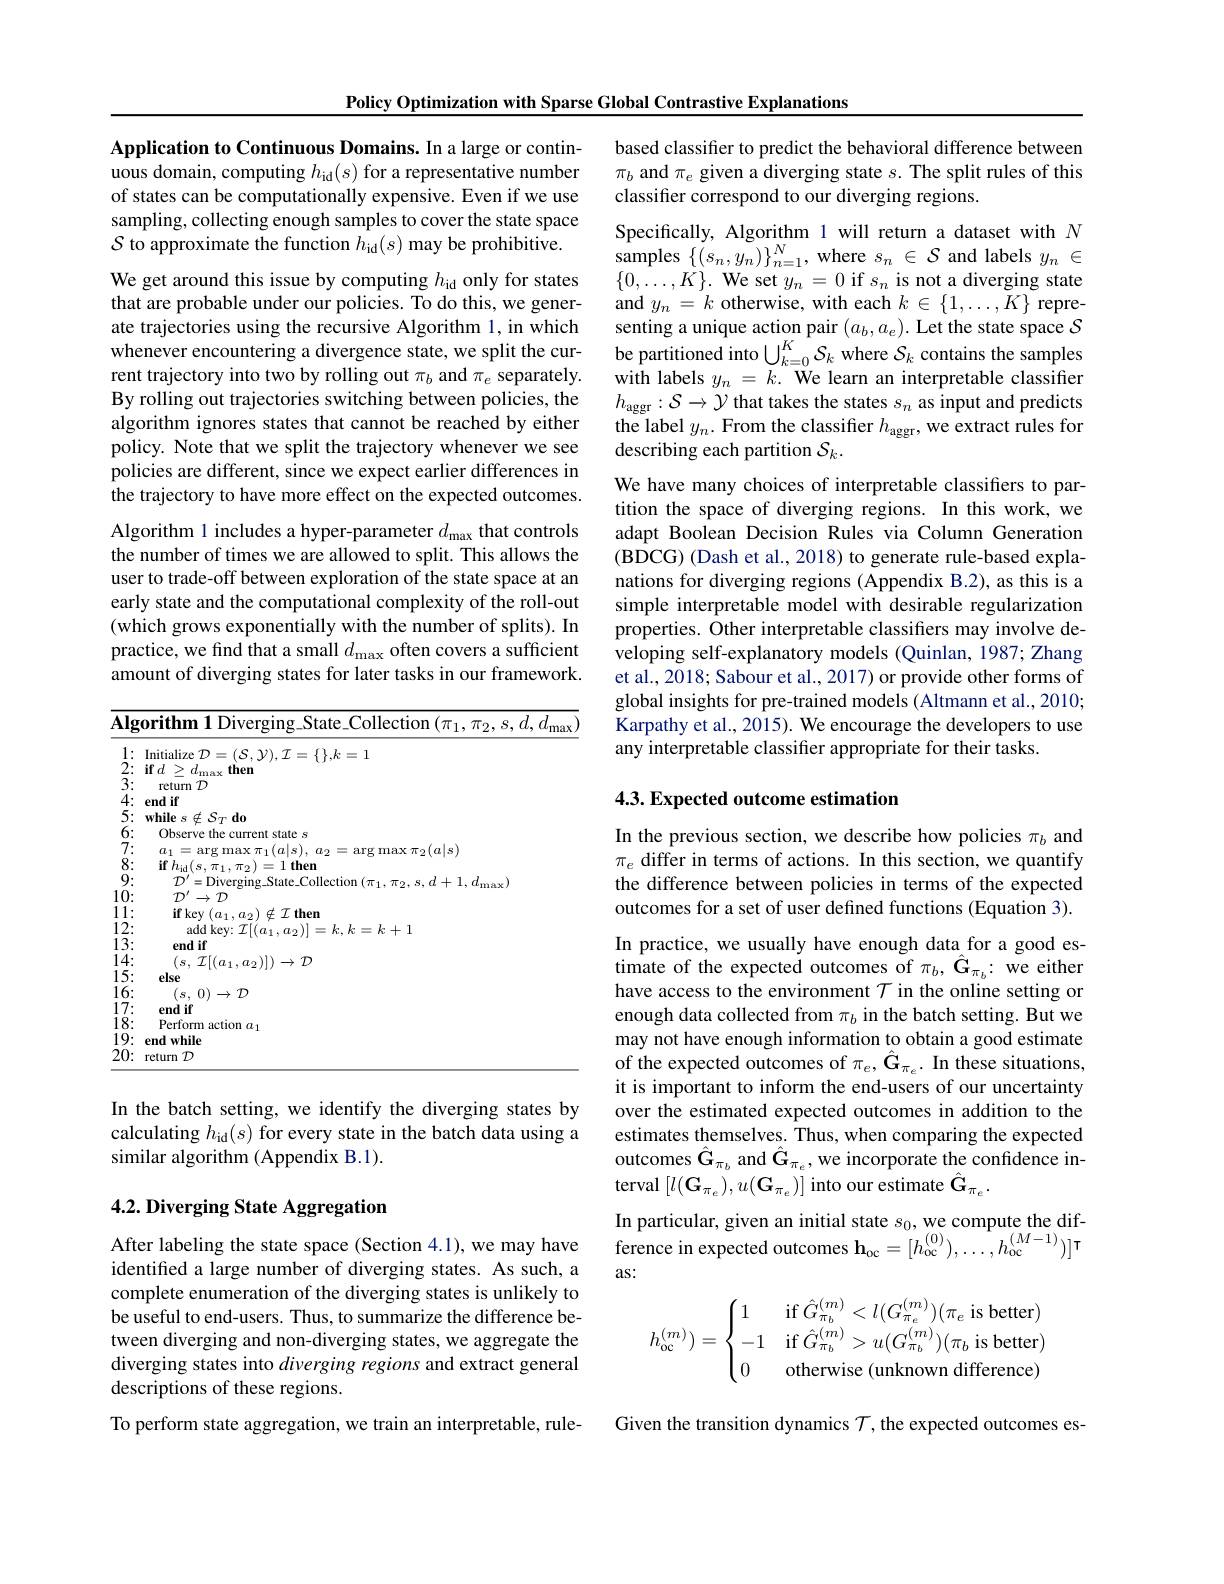
Policy Optimization with Sparse Global Contrastive Explanations

Application to Continuous Domains. In a large or continuous domain, computing $h_\mathrm{id}(s)$ for a representative number of states can be computationally expensive. Even if we use sampling, collecting enough samples to cover the state space $\mathcal{S}$ to approximate the function $h_\mathrm{id}(s)$ may be prohibitive.

We get around this issue by computing $h_\mathrm{id}$ only for states that are probable under our policies. To do this, we generate trajectories using the recursive Algorithm 1, in which whenever encountering a divergence state, we split the current trajectory into two by rolling out $\pi_b$ and $\pi_e$ separately. By rolling out trajectories switching between policies, the algorithm ignores states that cannot be reached by either policy. Note that we split the trajectory whenever we see policies are different, since we expect earlier differences in the trajectory to have more effect on the expected outcomes. Algorithm 1 includes a hyper-parameter $d_\mathrm{max}$ that controls the number of times we are allowed to split. This allows the user to trade-off between exploration of the state space at an early state and the computational complexity of the roll-out (which grows exponentially with the number of splits). In practice, we find that a small $d_\mathrm{max}$ often covers a sufficient amount of diverging states for later tasks in our framework.

<table>
	<tbody>
		<tr>
			<td>$\overline{\mathbf{Alg}}$ $\frac{1}{2}=\frac{1}{2}=\frac{1}{2}$</td>
			<td>${\mathbf{orithm~1~Diverging\_State\_Collection~(\pi_{1},\pi_{2},s,d,d_{\mathrm{max}}}}$</td>
		</tr>
		<tr>
			<td>1 $\bullet$ T a</td>
			<td>Initialize $k$ :=1</td>
		</tr>
		<tr>
			<td>T $\angle$ 11</td>
			<td>ifd $\frac{1}{2}=\frac{1}{2}=\frac{1}{2}$ $\frac{1}{2}=\frac{1}{2}=\frac{1}{2}$ $\geq d_{\mathrm{max}}$ then</td>
		</tr>
		<tr>
			<td>3 ·</td>
			<td>return $\mathcal{D}$</td>
		</tr>
		<tr>
			<td>4: 1</td>
			<td>end if</td>
		</tr>
		<tr>
			<td>5: · 1</td>
			<td>$\textbf{while s}\notin \mathcal{S} _{T}\textbf{do}$</td>
		</tr>
		<tr>
			<td>6:</td>
			<td>Observe the current state s</td>
		</tr>
		<tr>
			<td>7: · $\frac{1}{2}=\frac{1}{2}=\frac{1}{2}$ $a$</td>
			<td>$a_{1}$ $\frac{1}{2}$ $n|_{\mathbf{s}}|$ $n_{n}$ 1月X $\kappa\pi_{2}(a|_{\mathrm{s}})$</td>
		</tr>
		<tr>
			<td>8: $\bullet$</td>
			<td>$ifh_{\mathrm{id}}(s_{\mathrm{i}},s_{\mathrm{i}})$ T1 l then</td>
		</tr>
		<tr>
			<td>9: $\bullet$ 1</td>
			<td> </td>
		</tr>
		<tr>
			<td>10</td>
			<td>$\mathcal{T}^{\prime}$ 一 $,\mathcal{T}$</td>
		</tr>
		<tr>
			<td>1 1 · a</td>
			<td>if kev ( $a_{14}$ 10 $a_{2})\notin I$ then</td>
		</tr>
		<tr>
			<td>12: T</td>
			<td>- Lr :+1</td>
		</tr>
		<tr>
			<td>13: T 1</td>
			<td>endif</td>
		</tr>
		<tr>
			<td>4 1</td>
			<td>$)\rightarrow\mathcal{D}$</td>
		</tr>
		<tr>
			<td>15: · $\frac{1}{2}=\frac{1}{2}=\frac{1}{2}$</td>
			<td>lse</td>
		</tr>
		<tr>
			<td>16: T 1 $\frac{1}{2}=\frac{1}{2}=\frac{1}{2}$ $\frac{1}{2}=\frac{1}{2}=\frac{1}{2}$ $\frac{1}{2}=\frac{1}{2}=\frac{1}{2}$</td>
			<td>$( s$, $0) \rightarrow \mathcal{D}$</td>
		</tr>
		<tr>
			<td>17: 11 1 T $\frac{1}{2}=\frac{1}{2}=\frac{1}{2}$</td>
			<td>endif</td>
		</tr>
		<tr>
			<td>18 18: T</td>
			<td>Perform action $a_{1}$</td>
		</tr>
		<tr>
			<td>$1\zeta$ 9: T</td>
			<td>end while</td>
		</tr>
		<tr>
			<td>20:</td>
			<td>return D</td>
		</tr>
	</tbody>
</table>

In the batch setting, we identify the diverging states by calculating $h_\mathrm{id}(s)$ for every state in the batch data using a similar algorithm (Appendix B.1).

## 4.2. Diverging State Aggregation

After labeling the state space (Section 4.1), we may have identifed a large number of diverging states. As such, a complete enumeration of the diverging states is unlikely to be useful to end-users. Thus, to summarize the difference between diverging and non-diverging states, we aggregate the diverging states into diverging regions and extract general descriptions of these regions.

To perform state aggregation, we train an interpretable, rule-

based classifier to predict the behavioral difference between $\pi_b$ and $\pi_e$ given a diverging state $s.$ The split rules of this classifer correspond to our diverging regions.
Specifically, Algorithm 1 will return a dataset with $N$ samples $\{(s_{n},y_{n})\}_{n=1}^{N}$, where $s_n\in\mathcal{S}$ and labels $y_n\in$ $\{0,\ldots,K\}.$ We set $y_n=0$ if $s_n$ is not a diverging state and $y_n=k$ otherwise, with each $k\in\{1,\ldots,K\}$ representing a unique action pair $(a_b,a_e).$ Let the state space $S$ be partitioned into $\bigcup_k=0^K\mathcal{S}_k$ where $\mathcal{S}_k$ contains the samples with labels $y_n=k.$ We learn an interpretable classifier $h_{\mathrm{aggr}}: \mathcal{S} \to \mathcal{Y}$ that takes the states $s_n$ as input and predicts the label $y_n.$ From the classifier $h_\mathrm{aggr}$,we extract rules for describing each partition $\mathcal{S}_k.$
We have many choices of interpretable classiffers to partition the space of diverging regions. In this work, we adapt Boolean Decision Rules via Column Generation (BDCG) (Dash et al., 2018) to generate rule-based explanations for diverging regions (Appendix B.2), as this is a simple interpretable model with desirable regularization properties. Other interpretable classifiers may involve developing self-explanatory models (Quinlan, 1987; Zhang et al., 2018; Sabour et al., 2017) or provide other forms of global insights for pre-trained models (Altmann et al., 2010; Karpathy et al., 2015). We encourage the developers to use any interpretable classifier appropriate for their tasks.

## 4.3. Expected outcome estimation

In the previous section, we describe how policies $\pi_b$ and $\pi_e$ differ in terms of actions. In this section, we quantify the difference between policies in terms of the expected outcomes for a set of user defined functions (Equation 3).

In practice, we usually have enough data for a good estimate of the expected outcomes of $\pi_{b},\hat{\mathbf{G}}_{\pi_{b}}:$ we either have access to the environment $\mathcal{T}$ in the online setting or enough data collected from $\pi_b$ in the batch setting. But we may not have enough information to obtain a good estimate of the expected outcomes of $\pi_e,\hat{\mathbf{G}}_{\pi_e}.$ In these situations, it is important to inform the end-users of our uncertainty over the estimated expected outcomes in addition to the estimates themselves. Thus, when comparing the expected outcomes $\hat{\mathbf{G}}_{\pi_{b}}$ and $\hat{\mathbf{G}}_{\pi_{e}}$,we incorporate the confidence interval $[l(\mathbf{G}_{\pi_{e}}),u(\mathbf{G}_{\pi_{e}})]$ into our estimate $\hat{\mathbf{G}}_{\pi_{e}}.$
In particular, given an initial state $s_0$,we compute the dif-

ference in expected outcomes $\mathbf{h}_{\mathrm{oc}}=[h_{\mathrm{oc}}^{(0)}),\ldots,h_{\mathrm{oc}}^{(M-1)})]^{\mathrm{T}}$
as:
$$h_{\text{oc}}^{(m)})=\begin{cases}1&\text{if}\hat{G}_{\pi_b}^{(m)}<l(G_{\pi_e}^{(m)})(\pi_e\text{is better})\\-1&\text{if}\hat{G}_{\pi_b}^{(m)}>u(G_{\pi_b}^{(m)})(\pi_b\text{is better})\\0&\text{otherwise (unknown difference)}\end{cases}$$
Given the transition dynamics $\mathcal{T}$, the expected outcomes es-